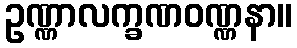
ဥဏ္ဏာလက္ခဏဝဏ္ဏနာ။